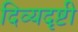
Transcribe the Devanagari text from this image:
दिव्यदृष्टी